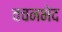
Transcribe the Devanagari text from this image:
वचनभेद